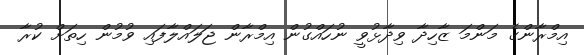
އިމްރާންގެ މަންމަ ޒާހިދާ ވިދާޅުވީ ނުހައްގުން އިމްރާން ޖަލައްލާފައި ވުމުން ހިތަށް ކުރާ